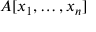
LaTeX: A [ x _ { 1 } , \ldots , x _ { n } ]